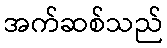
အက်ဆစ်သည်